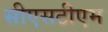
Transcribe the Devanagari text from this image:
सीएसटीएम